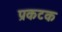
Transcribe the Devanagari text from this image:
प्रकटक